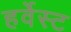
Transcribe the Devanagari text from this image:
हर्वेस्ट